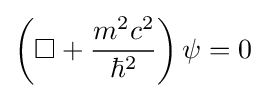
\left(\Box +{\frac {m^{2}c^{2}}{\hbar ^{2}}}\right)\psi =0~